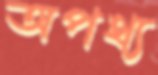
অপথ্য